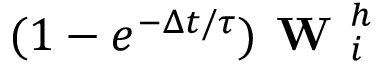
( 1 - e ^ { - \Delta t / \tau } ) \textbf { W } _ { i } ^ { h }